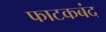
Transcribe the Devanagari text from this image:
फाटकबंद